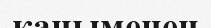
қаныменен